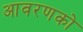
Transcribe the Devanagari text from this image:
आवरणको